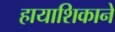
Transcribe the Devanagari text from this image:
हायाशिकाने